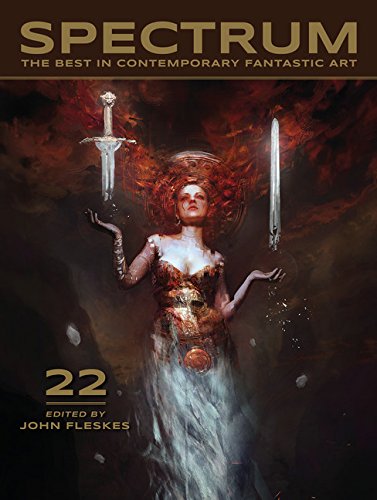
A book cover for Spectrum 22: The Best in Contemporary Fantastic Art; Humor & Entertainment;